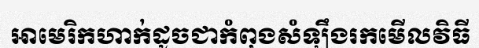
អាមេរិកហាក់ដូចជាកំពុងសំឡឹងរកមើលវិធី